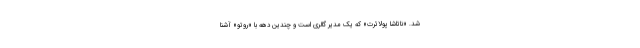
شد. «ناتاشا پولائرت»‌ که یک مدیر گالری است و چندین دهه با «روتو» آشنا